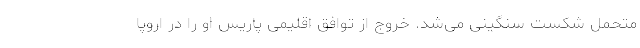
متحمل شکست سنگینی می‌شد. خروج از توافق اقلیمی پاریس او را در اروپا